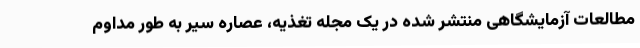
مطالعات آزمایشگاهی منتشر شده در یک مجله تغذیه، عصاره سیر به طور مداوم